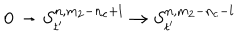
0 \rightarrow S _ { t ^ { \prime } } ^ { n , m _ { 2 } - n _ { c } + l } \rightarrow S _ { t ^ { \prime } } ^ { n , m _ { 2 } - n _ { c } - l }